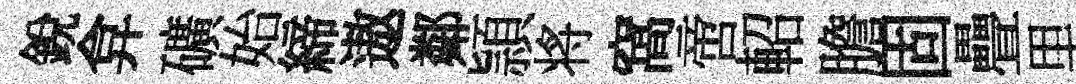
銳弇礦始締遨鄰頴将窩啻軺膽固疊里